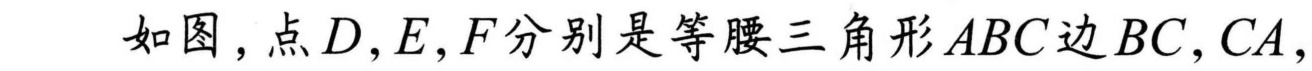
如图,点\(D,E,F\)分别是等腰三角形\(ABC\)边\(BC,CA,\)